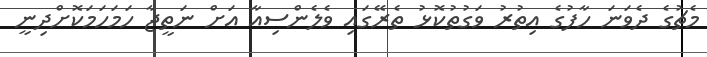
މެޗުގެ ދެވަނަ ހާފުގެ އިތުރު ވަގުތުކޮޅު ތެރޭގައި ވެލެންސިއާ އަށް ނަތީޖާ ހަމަހަމަކޮށްދިނީ